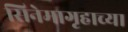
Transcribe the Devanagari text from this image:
सिनेमागृहाच्या